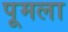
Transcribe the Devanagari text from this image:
पूमला